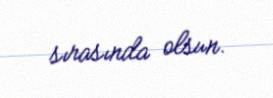
sırasında olsun.